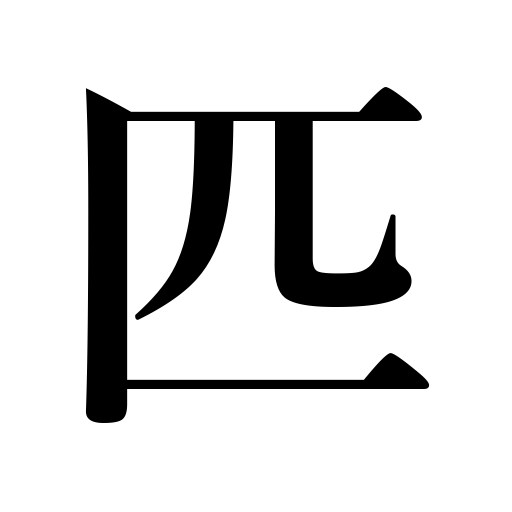
Meanings: head,counter small animals,roll of cloth